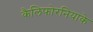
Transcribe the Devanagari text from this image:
कैलिफोरनियाके